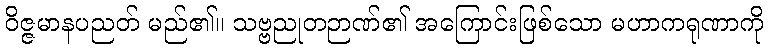
ဝိဇ္ဇမာနပညတ် မည်၏။ သဗ္ဗညုတဉာဏ်၏ အကြောင်းဖြစ်သော မဟာကရုဏာကို